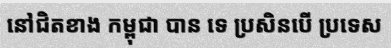
នៅជិតខាង កម្ពុជា បាន ទេ ប្រសិនបើ ប្រទេស